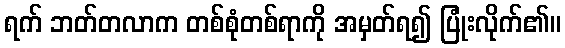
ရက် ဘတ်တလာက တစ်စုံတစ်ရာကို အမှတ်ရ၍ ပြုံးလိုက်၏။